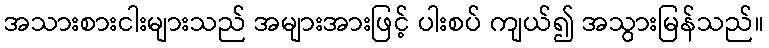
အသားစားငါးများသည် အများအားဖြင့် ပါးစပ် ကျယ်၍ အသွားမြန်သည်။